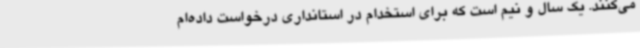
می‌کنند. یک سال و نیم است که برای استخدام در استانداری درخواست داده‌ام